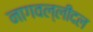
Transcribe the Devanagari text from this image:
नागवल्लीदल